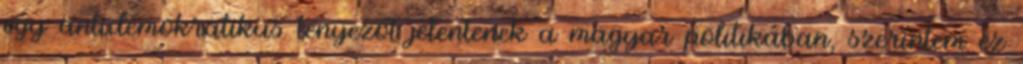
egy antidemokratikus tényezőt jelentenek a magyar politikában, szerintem ez